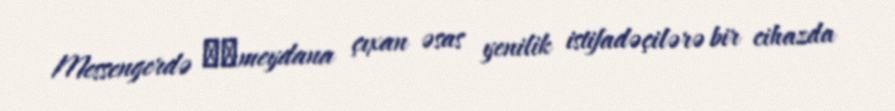
Messengerdə ​​meydana çıxan əsas yenilik istifadəçilərə bir cihazda